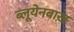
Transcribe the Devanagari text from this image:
ब्लूयेनबाख़